Annual report of the Punjab Veterinary College and of the Civil Veterinary Department, Punjab - 1909-1919
Year: 1909
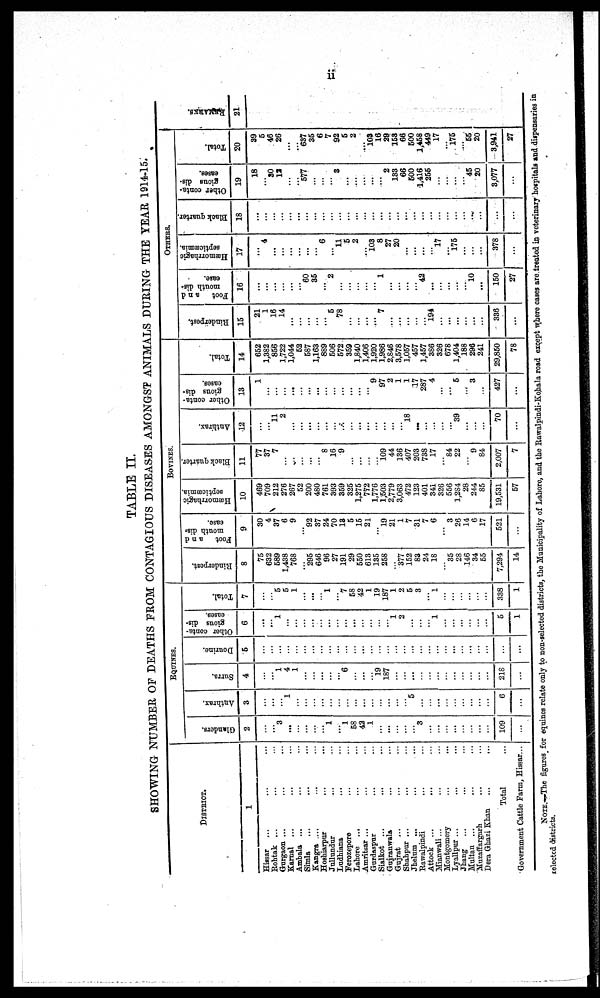
ii
TABLE II.
SHOWING NUMBER OF DEATHS FROM CONTAGIOUS DISEASES AMONGST ANIMALS DURING THE YEAR 1914-15.
DISTRICT.
1
Hissar ... ... ... ...
Rohtak ... ... ... ...
Gurgaon ... ... ... ...
Karnal ... ... ... ...
Ambala ... ... ...
Simla ... ... ...
Kangra ... ... ... ...
Hoshiarpur ... ... ...
Jullundur
Ludhiana ... ... ...
Ferozepore ... ...
Lahore ... ... ...
Amritsar ... ... ... ...
Gurdaspur ... ... ... ...
Sialkot ... ... ... ...
Gujranwala ... ...
Gujrat ... ... ... ...
Shahpur ... ... ... ... ...
Jhelum ... ... ... ... ...
Rawalpindi ... ... ...
Attock ... ... ... ...
Mianwali... ... ... ... ...
Montgomery ... ...
Lyallpur ... ... ... ...
Jhang ... ... ... ...
Multan ... ... ... ...
Muzaffargarh ... ... ... ...
Dera Ghazi Khan
...
...
Total ...
Government Cattle Farm, Kissar...
EQUINES.
Glanders.
2
...
...
3
...
...
...
...
...
1
...
1
58
42
1
...
...
...
...
3
...
...
...
...
...
...
...
109
...
Anthrax.
3
...
...
...
1
...
...
...
...
...
...
...
...
...
...
...
...
...
...
5
...
...
...
...
...
...
...
...
...
6
...
Surra.
4
...
...
1
4
1
...
...
...
...
...
6
...
...
...
19
187
...
...
...
...
...
...
...
...
...
...
...
...
218
...
Dourine.
5
...
...
...
...
...
...
...
...
...
...
...
...
...
...
...
...
...
...
...
...
...
...
...
...
...
...
...
...
...
...
Other conta-
gious dis-
eases.
6
...
...
1
...
...
...
...
...
...
...
...
...
...
...
...
...
1
2
...
...
...
1
...
...
...
...
...
...
5
1
Total.
7
...
...
5
5
1
...
...
...
1
...
7
58
42
1
19
187
1
2
5
3
...
1
...
...
...
...
...
...
338
1
BOVINES.
Rinderpest.
8
75
632
589
1,438
768
...
295
646
96
27
191
29
550
613
135
258
...
377
152
83
24
18
...
35
28
146
34
55
7,294
14
Foot
and
mouth dis-
ease.
9
30
4
37
6
9
...
92
37
24
70
13
5
15
21
...
19
21
1
7
31
7
6
...
3
26
14
6
17
521
...
Hæmorrhagic
septicæmia.
10
469
709
212
276
267
52
200
480
761
393
359
325
1,275
772
1,776
1,503
2,779
3,063
472
123
401
341
326
556
1,284
28
244
85
19,531
57
Black quarter.
11
77
37
7
...
...
...
...
...
8
16
9
...
...
...
...
109
44
136
407
203
738
17
...
84
22
...
9
84
2,007
7
Anthrax.
12
...
...
11
2
...
...
...
...
...
...
...
...
...
...
...
...
...
...
18
...
...
...
...
...
39
...
...
...
70
...
Other conta-
gions dis-
eases.
13
1
...
...
...
...
...
...
...
...
...
...
...
...
...
9
97
2
1
1
17
287
4
...
...
5
...
3
...
427
...
Total.
14
652
1,382
856
1,722
1,044
52
587
1,163
889
506
572
359
1,840
1,406
1,920
1,986
2,846
3,578
1,057
457
1,457
386
326
678
1,404
188
296
241
29,850
78
OTHERS
Rinderpest.
15
21
1
16
14
...
...
...
...
...
5
78
...
...
...
...
7
...
...
...
...
...
194
...
...
...
...
...
...
336
...
Foot
and
mouth dis-
ease.
16
...
...
...
...
...
...
60
35
...
2
...
...
...
...
...
1
...
...
...
...
42
...
...
...
...
10
...
150
27
Hæmorrhagic
septicæmia.
17
...
4
...
...
...
...
...
...
6
...
11
5
2
...
103
8
27
20
...
...
...
...
17
...
175
...
...
...
378
...
Black quarter.
18
...
...
...
...
...
...
...
...
...
...
...
...
...
...
...
...
...
...
...
...
...
...
...
...
...
...
...
...
...
...
Other conta-
gious dis-
eases.
19
18
...
30
13
...
...
577
...
...
...
3
...
...
...
...
2
133
66
500
1,416
255
...
...
...
...
45
20
3,077
...
Total.
20
39
5
46
26
...
...
637
35
6
7
92
5
2
...
103
16
29
153
66
500
1,458
449
17
...
175
...
55
20
3,941
27
REMARKS.
21
NOTE.—The figures for equines relate only to non-selected districts, the Municipality of Lahore, and the Rawalpindi-Kohala road except where cases are treated in veterinary hospitals and dispensaries in
selected districts.